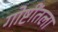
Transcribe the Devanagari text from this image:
गोष्टींतला